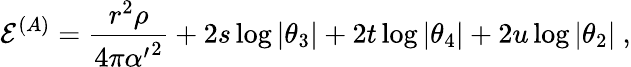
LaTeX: {{\cal E}}^{(A)}={\frac{r^{2}\rho}{4\pi{\alpha^{\prime}}^{2}}}+2s\log\vert\theta_{3}\vert+2t\log\vert\theta_{4}\vert+2u\log\vert\theta_{2}\vert\ ,